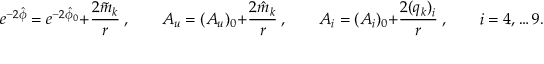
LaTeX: e ^ { - 2 \hat { \phi } } = e ^ { - 2 \hat { \phi } _ { 0 } } + { \frac { 2 \tilde { m } _ { k } } { r } } \ , \qquad A _ { u } = ( A _ { u } ) _ { 0 } + { \frac { 2 \hat { m } _ { k } } { r } } \ , \qquad A _ { i } = ( A _ { i } ) _ { 0 } + { \frac { 2 ( q _ { k } ) _ { i } } { r } } \ , \qquad i = 4 , \dots 9 .